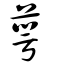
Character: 蕚